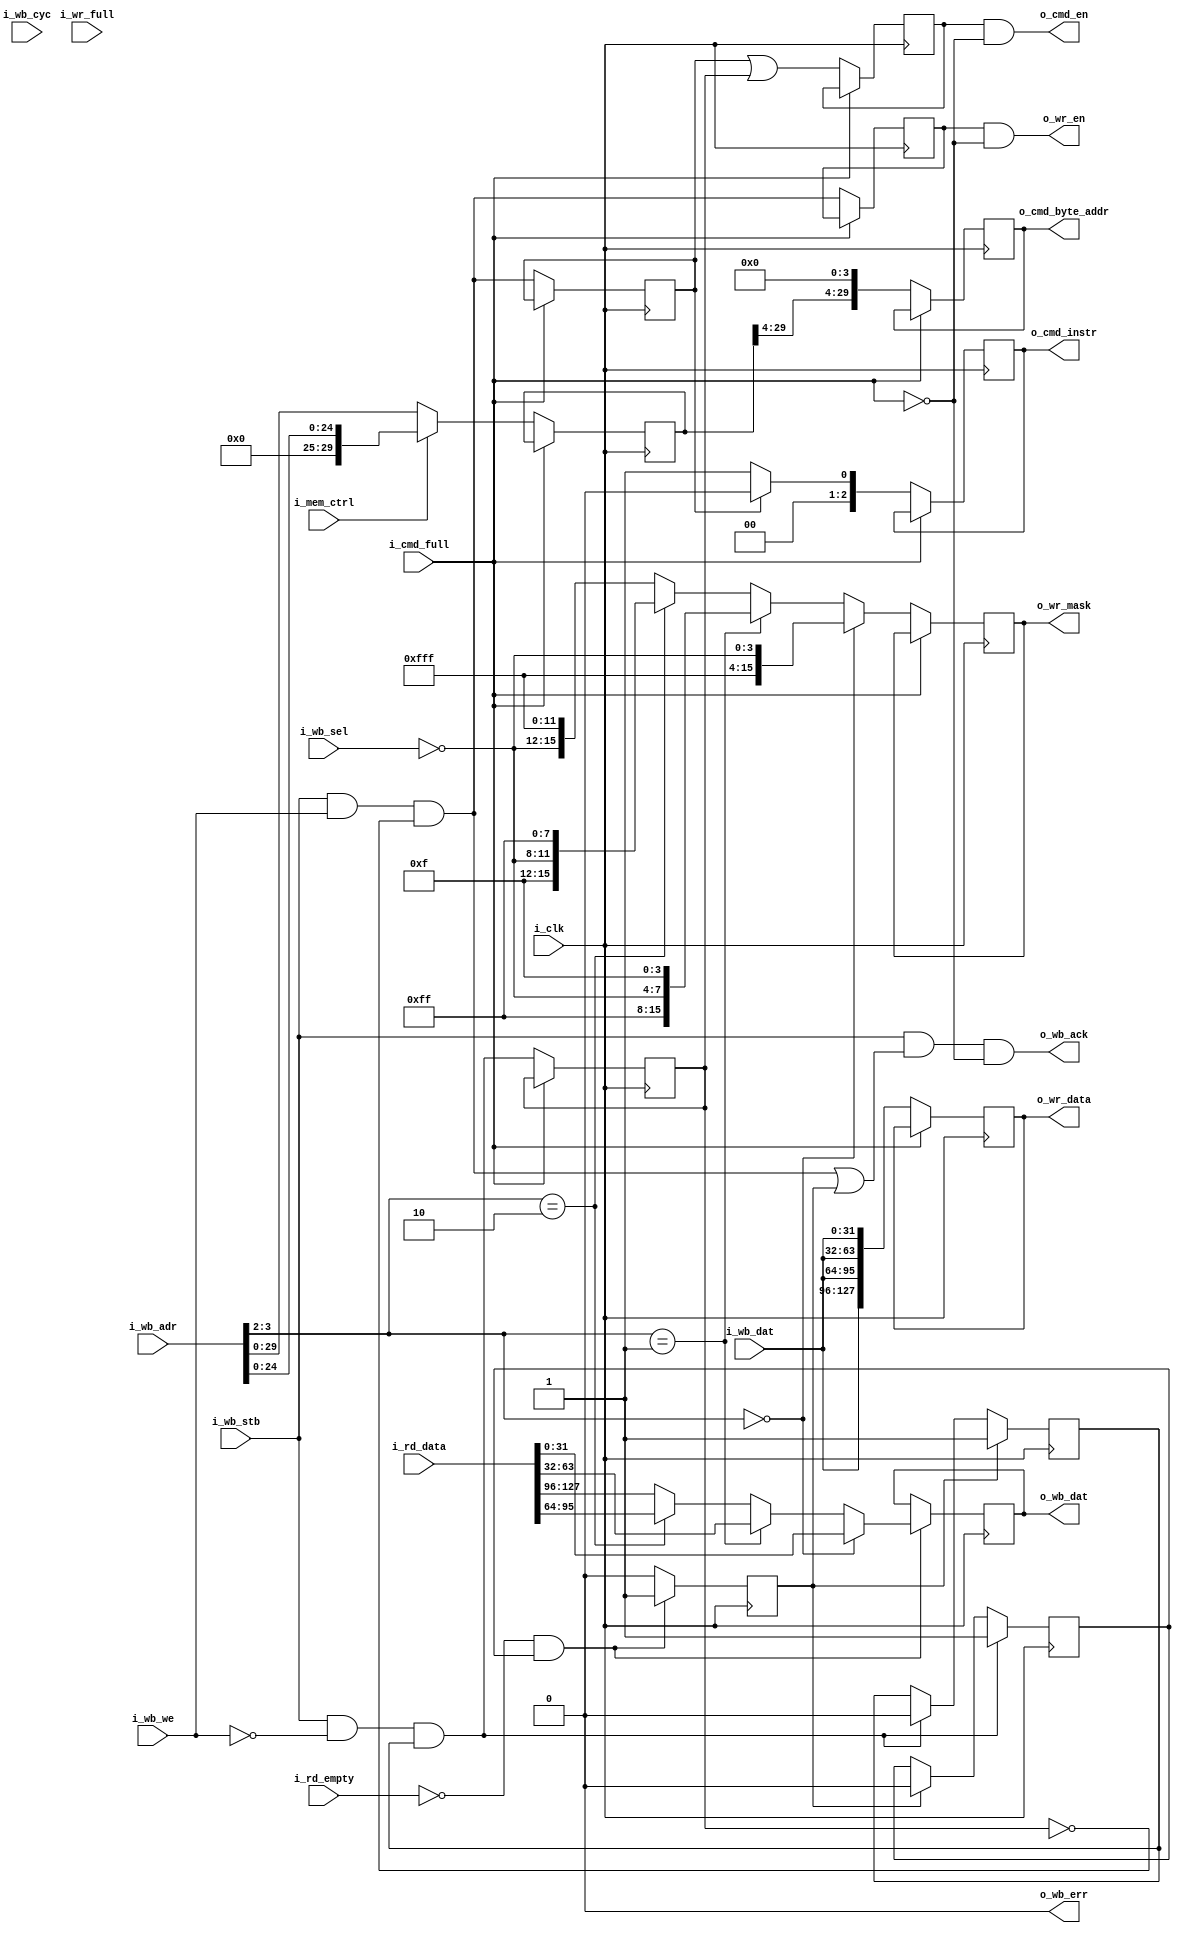
//////////////////////////////////////////////////////////////////
//                                                              //
//  Wishbone Slave to Xilinx Spartan-6 MCB (DDR3 controller)    //
//  Bridge                                                      //
//                                                              //
//  This file is part of the Amber project                      //
//  http://www.opencores.org/project,amber                      //
//                                                              //
//  Description                                                 //
//  Converts wishbone read and write accesses to the signalling //
//  used by the Xilinx DDR3 Controller in Spartan-6 FPGAs.      //
//                                                              //
//  The MCB is configured with a single 128-bit port.           //
//                                                              //
//  Author(s):                                                  //
//      - Conor Santifort, csantifort.amber@gmail.com           //
//                                                              //
//////////////////////////////////////////////////////////////////
//                                                              //
// Copyright (C) 2010 Authors and OPENCORES.ORG                 //
//                                                              //
// This source file may be used and distributed without         //
// restriction provided that this copyright statement is not    //
// removed from the file and that any derivative work contains  //
// the original copyright notice and the associated disclaimer. //
//                                                              //
// This source file is free software; you can redistribute it   //
// and/or modify it under the terms of the GNU Lesser General   //
// Public License as published by the Free Software Foundation; //
// either version 2.1 of the License, or (at your option) any   //
// later version.                                               //
//                                                              //
// This source is distributed in the hope that it will be       //
// useful, but WITHOUT ANY WARRANTY; without even the implied   //
// warranty of MERCHANTABILITY or FITNESS FOR A PARTICULAR      //
// PURPOSE.  See the GNU Lesser General Public License for more //
// details.                                                     //
//                                                              //
// You should have received a copy of the GNU Lesser General    //
// Public License along with this source; if not, download it   //
// from http://www.opencores.org/lgpl.shtml                     //
//                                                              //
//////////////////////////////////////////////////////////////////


module wb_xs6_ddr3_bridge
(
input                          i_clk,

input                          i_mem_ctrl,  // 0=128MB, 1=32MB

// Wishbone Bus
input       [31:0]             i_wb_adr,
input       [3:0]              i_wb_sel,
input                          i_wb_we,
output reg  [31:0]             o_wb_dat         = 'd0,
input       [31:0]             i_wb_dat,
input                          i_wb_cyc,
input                          i_wb_stb,
output                         o_wb_ack,
output                         o_wb_err,

output                         o_cmd_en,                // Command Enable
output reg [2:0]               o_cmd_instr      = 'd0,  // write = 000, read = 001
output reg [29:0]              o_cmd_byte_addr  = 'd0,  // Memory address
input                          i_cmd_full,              // DDR3 I/F Command FIFO is full

input                          i_wr_full,               // DDR3 I/F Write Data FIFO is full
output                         o_wr_en,                 // Write data enable
output reg [15:0]              o_wr_mask        = 'd0,  // 1 bit per byte
output reg [127:0]             o_wr_data        = 'd0,  // 16 bytes write data
input      [127:0]             i_rd_data,               // 16 bytes of read data
input                          i_rd_empty               // low when read data is valid

);
                 
wire            start_write;
wire            start_read;
reg             start_write_d1;
reg             start_read_d1;
reg             start_read_hold = 'd0;
reg  [29:0]     wb_adr_d1;
wire            ddr3_busy;
reg             read_ack = 'd0;
reg             read_ready = 1'd1;
reg             cmd_en_r = 'd0;
reg             wr_en_r = 'd0;

assign start_write = i_wb_stb && i_wb_we && !start_read_d1;
assign start_read  = i_wb_stb && !i_wb_we && read_ready;
assign ddr3_busy   = i_cmd_full;// || i_wr_full;

assign o_wb_err    = 'd0;

// ------------------------------------------------------
// Outputs
// ------------------------------------------------------

// Command FIFO
always @( posedge i_clk )
    if ( !ddr3_busy )
        begin
        o_cmd_byte_addr  <= {wb_adr_d1[29:4], 4'd0};
        cmd_en_r         <= ( start_write_d1 || start_read_d1 );
        o_cmd_instr      <= start_write_d1 ? 3'd0 : 3'd1;
        end

assign o_cmd_en = cmd_en_r && !i_cmd_full;

// ------------------------------------------------------
// Write
// ------------------------------------------------------
always @( posedge i_clk )
    if ( !ddr3_busy )
        begin
        wr_en_r    <= start_write;
        
        o_wr_mask  <= i_wb_adr[3:2] == 2'd0 ? { 12'hfff, ~i_wb_sel          } : 
                      i_wb_adr[3:2] == 2'd1 ? { 8'hff,   ~i_wb_sel, 4'hf    } : 
                      i_wb_adr[3:2] == 2'd2 ? { 4'hf,    ~i_wb_sel, 8'hff   } : 
                                              {          ~i_wb_sel, 12'hfff } ; 
        
        o_wr_data  <= {4{i_wb_dat}};
        end

assign o_wr_en = wr_en_r && !i_cmd_full;
 
// ------------------------------------------------------
// Read
// ------------------------------------------------------
always @( posedge i_clk )
    begin
    if ( read_ack )
        read_ready <= 1'd1;
    else if ( start_read )
        read_ready <= 1'd0;
    
    if ( !ddr3_busy )
        begin
        start_write_d1  <= start_write;
        start_read_d1   <= start_read;
        wb_adr_d1       <= i_mem_ctrl ? {5'd0, i_wb_adr[24:0]} : i_wb_adr[29:0];
        end
        
    if ( start_read  )
        start_read_hold <= 1'd1;
    else if ( read_ack )
        start_read_hold <= 1'd0;
    
    if ( i_rd_empty == 1'd0 && start_read_hold )
        begin
        o_wb_dat  <= i_wb_adr[3:2] == 2'd0 ? i_rd_data[ 31: 0] :
                     i_wb_adr[3:2] == 2'd1 ? i_rd_data[ 63:32] :
                     i_wb_adr[3:2] == 2'd2 ? i_rd_data[ 95:64] :
                                             i_rd_data[127:96] ;
        read_ack  <= 1'd1;
        end
    else
        read_ack  <= 1'd0;
    end
                    
assign o_wb_ack = i_wb_stb && ( start_write || read_ack ) && !i_cmd_full;

    
endmodule